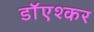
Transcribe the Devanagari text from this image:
डाॅएश्कर